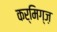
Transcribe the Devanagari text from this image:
कर्मिग्ज़